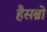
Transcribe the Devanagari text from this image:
हैसब्रो